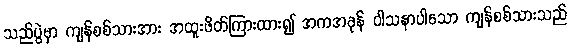
သည်ပွဲမှာ ကျန်စစ်သားအား အထူးဖိတ်ကြားထား၍ အကအခုန် ဝါသနာပါသော ကျန်စစ်သားသည်